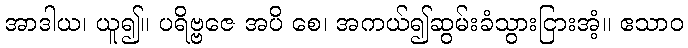
အာဒါယ၊ ယူ၍။ ပရိဗ္ဗဇေ အပိ စေ၊ အကယ်၍ဆွမ်းခံသွားငြားအံ့။ ဧသာဝ